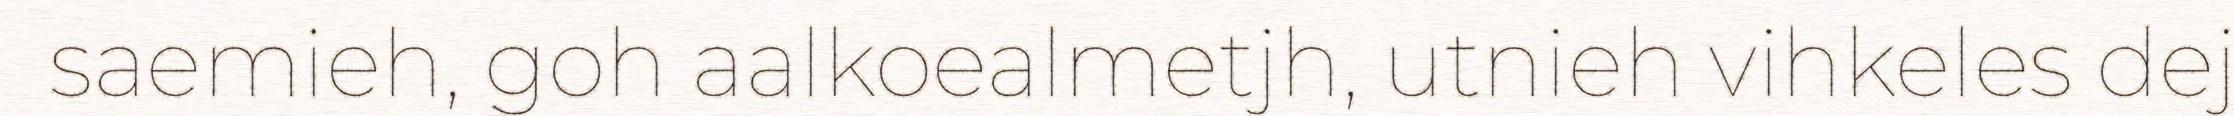
saemieh, goh aalkoealmetjh, utnieh vihkeles dej